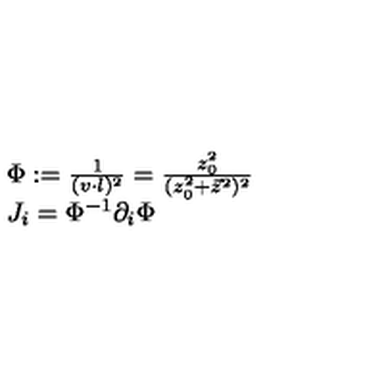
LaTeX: \begin{array} { l } { \Phi : = { \frac { 1 } { ( v \cdot l ) ^ { 2 } } } = { \frac { z _ { 0 } ^ { 2 } } { ( z _ { 0 } ^ { 2 } + \vec { z } ^ { 2 } ) ^ { 2 } } } } \\ { J _ { i } = \Phi ^ { - 1 } \partial _ { i } \Phi } \\ \end{array}